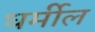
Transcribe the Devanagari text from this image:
धर्मील